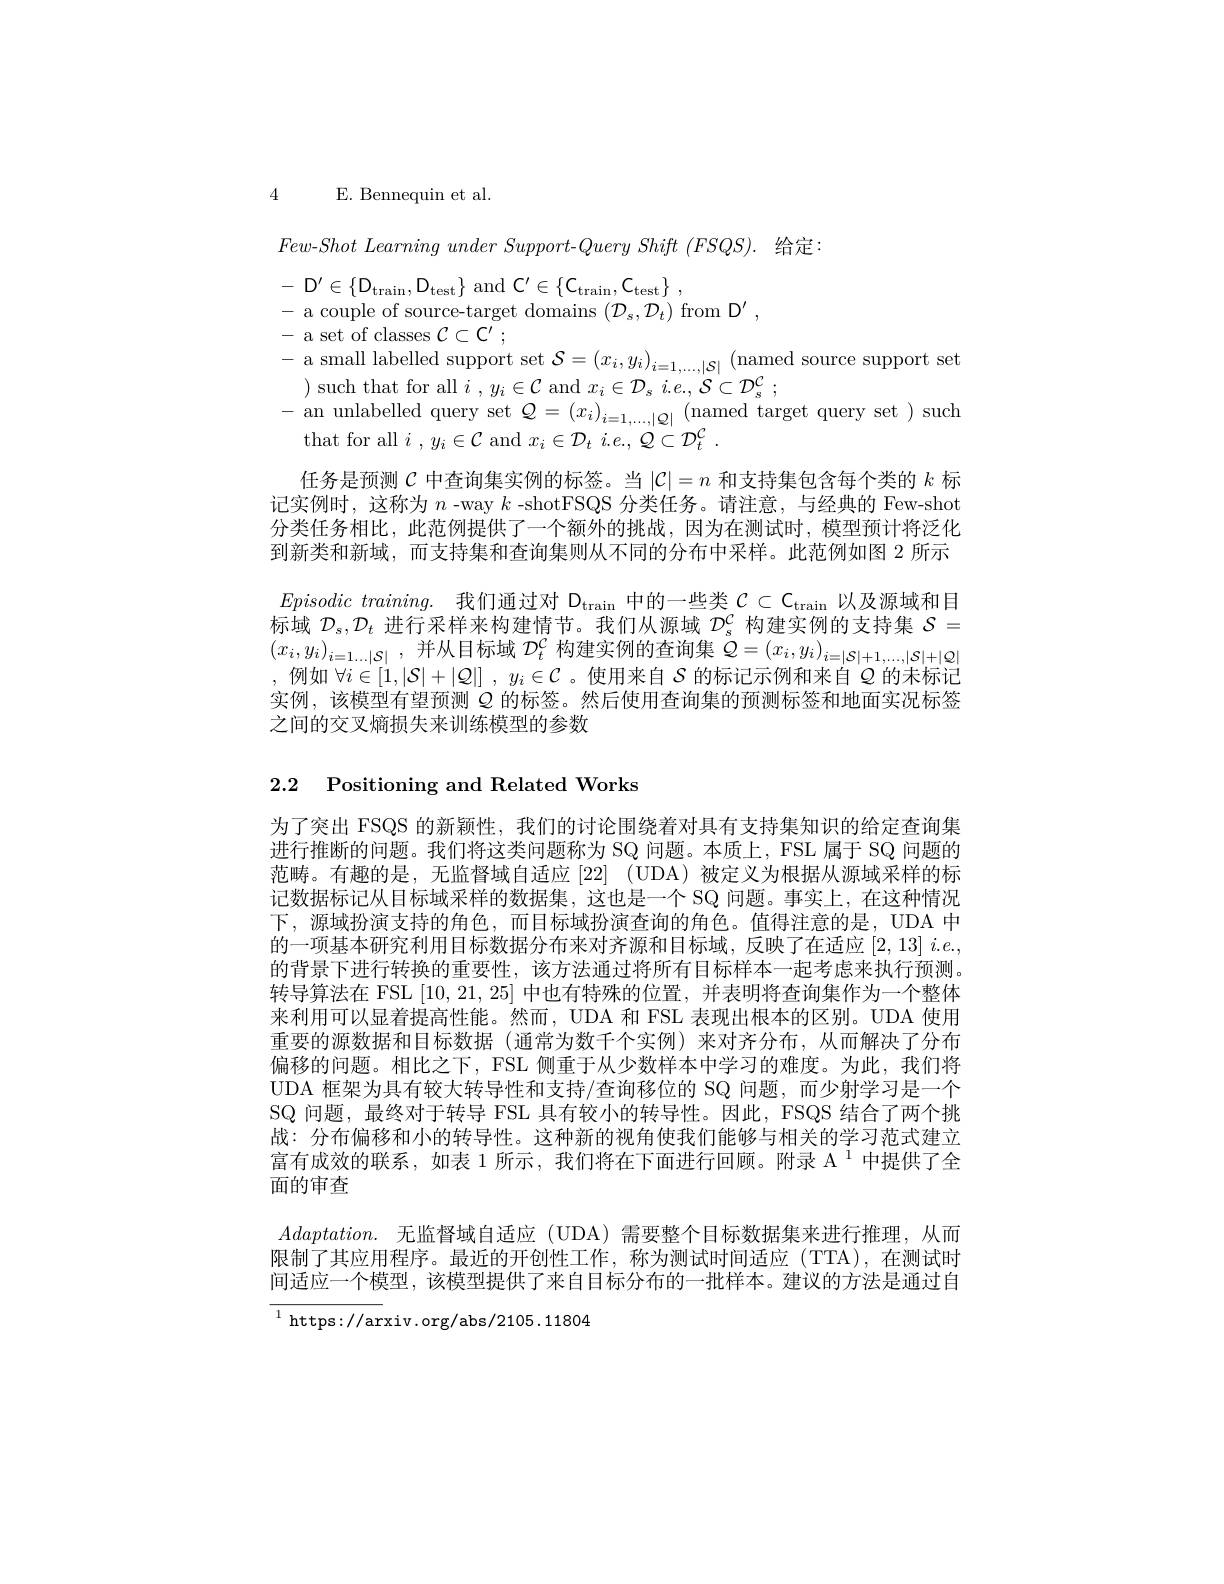
4 E. Bennequin et al.

$Few- Shot$ Learning under $Support- Query$ Shift $( FSQS) .$ 给定：
- ${\mathcal{D} }^{\prime }\in \left \{ {\mathcal{D} }_{\mathrm{train}}, {\mathcal{D} }_{\mathrm{test}}\right \}$ ${\mathrm{and}}$ ${\mathcal{C} }^{\prime }\in \left \{ {\mathcal{C} }_{\mathrm{train}}, {\mathcal{C} }_{\mathrm{test}}\right \}$ ,
- a couple of source-target domains $(\mathcal{D}_s,\mathcal{D}_t)$ from D',
- a set of classes $\mathcal{C}\subset\mathcal{C}^\prime;$
- a small labelled support set $\mathcal{S} = \left ( x_i, y_i\right ) _{i= 1, \ldots , | \mathcal{S} | }$ ( named source support set
$\begin{array}{l}\text{) such that for all }i\mathrm{~,~}y_{i}\in\mathcal{C}\mathrm{~and~}x_{i}\in\mathcal{D}_{s}\mathrm{~}i.e.,\mathcal{S}\subset\mathcal{D}_{s}^{\mathcal{C}};\\\text{an unlabelled querv set }Q=(x_{i})_{i=1}\mathrm{~|O|}\mathrm{~(named~target~query~set~)~such}\end{array}$
that for all $i,y_{i}\in\mathcal{C}$ and $x_i\in\mathcal{D}_{t}$ $i.e.,Q\subset\mathcal{D}_{t}^{\mathcal{C}}.$
任务是预测$\mathcal{C}$中查询集实例的标签。当$|\mathcal{C}|=n$和支持集包含每个类的$k$标记实例时，这称为$n$ -way $k$ -shotFSQS 分类任务。请注意，与经典的 Few-shot 分类任务相比，此范例提供了一个额外的挑战，因为在测试时，模型预计将泛化到新类和新域，而支持集和查询集则从不同的分布中采样。此范例如图 2 所示$Episodic training.$ 我们通过对 D$_\mathrm{train}$中的一些类$\mathcal{C} \subset \mathcal{C} _\mathrm{train}$以及源域和目标域$\mathcal{D}_s,\mathcal{D}_t$进行采样来构建情节。我们从源域$\mathcal{D}_s^C$构建实例的支持集$\mathcal{S}=$ $\left(x_{i},y_{i}\right)_{i=1\ldots|\mathcal{S}|}$,并从目标域$\mathcal{D}_t^{C}$构建实例的查询集$\mathcal{Q}=\left(x_{i},y_{i}\right)_{i=|\mathcal{S}|+1,\ldots,|\mathcal{S}|+|\mathcal{Q}|}$ ,例如$\forall i\in[1,|\mathcal{S}|+|\mathcal{Q}|],y_i\in\mathcal{C}$ 。使用来自$\mathcal{S}$的标记示例和来自$Q$的未标记实例，该模型有望预测$Q$的标签。然后使用查询集的预测标签和地面实况标签之间的交叉熵损失来训练模型的参数

2.2 Positioning and Related Works

为了突出 FSQS 的新颖性，我们的讨论围绕着对具有支持集知识的给定查询集进行推断的问题。我们将这类问题称为 SQ 问题。本质上，FSL 属于 SQ 问题的范畴。有趣的是，无监督域自适应[22] (UDA)被定义为根据从源域采样的标记数据标记从目标域采样的数据集，这也是一个 SQ 问题。事实上，在这种情况下，源域扮演支持的角色，而目标域扮演查询的角色。值得注意的是，UDA 中的一项基本研究利用目标数据分布来对齐源和目标域，反映了在适应[2,13] $i.e.$, 的背景下进行转换的重要性，该方法通过将所有目标样本一起考虑来执行预测。转导算法在 FSL [10,21,25]中也有特殊的位置，并表明将查询集作为一个整体来利用可以显着提高性能。然而，UDA 和 FSL 表现出根本的区别。UDA 使用重要的源数据和目标数据(通常为数千个实例)来对齐分布，从而解决了分布偏移的问题。相比之下，FSL 侧重于从少数样本中学习的难度。为此，我们将UDA 框架为具有较大转导性和支持/查询移位的 SQ 问题，而少射学习是一个SQ 问题，最终对于转导 FSL 具有较小的转导性。因此，FSQS 结合了两个挑战：分布偏移和小的转导性。这种新的视角使我们能够与相关的学习范式建立富有成效的联系，如表 1 所示，我们将在下面进行回顾。附录 A $^{1}$中提供了全面的审查
$Adaptation.$ 无监督域自适应(UDA)需要整个目标数据集来进行推理，从而限制了其应用程序。最近的开创性工作，称为测试时间适应(TTA),在测试时间适应一个模型，该模型提供了来自目标分布的一批样本。建议的方法是通过自$^{1}$ https://arxiv.org/abs/2105.11804